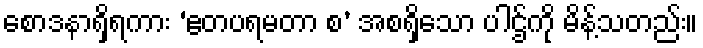
စောဒနာရှိရကား ‘ဧတပရမတာ စ’ အစရှိသော ပါဌ်ကို မိန့်သတည်း။